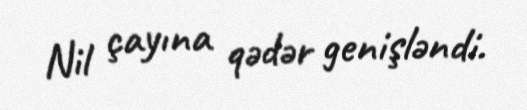
Nil çayına qədər genişləndi.